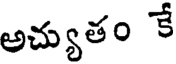
అచ్యుతం కే